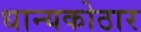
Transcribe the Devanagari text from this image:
धान्यकोठार